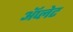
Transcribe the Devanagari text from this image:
ॲप्लेट